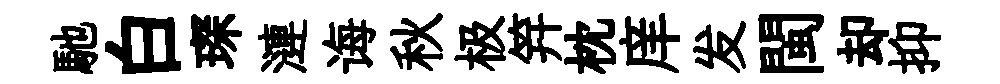
馳白琛漣诲秋极笄枕庠发閩却抑